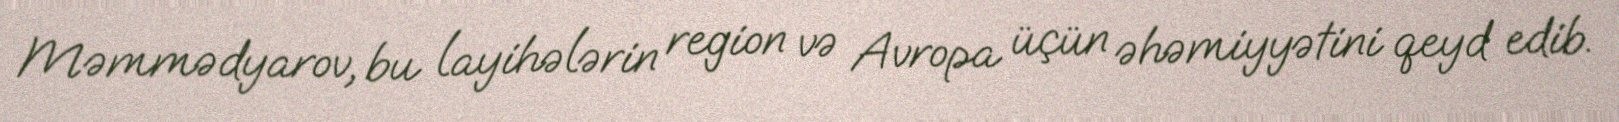
Məmmədyarov, bu layihələrin region və Avropa üçün əhəmiyyətini qeyd edib.